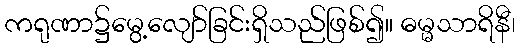
ကရုဏာ၌မွေ့လျော်ခြင်းရှိသည်ဖြစ်၍။ ဓမ္မသာရိနီ၊